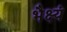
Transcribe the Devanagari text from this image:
भैक्ष्यं